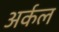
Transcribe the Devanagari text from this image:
अर्कल